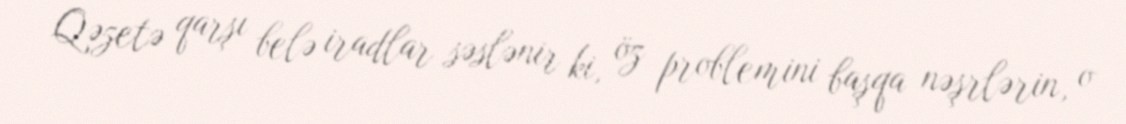
Qəzetə qarşı belə iradlar səslənir ki, öz problemini başqa nəşrlərin, o